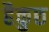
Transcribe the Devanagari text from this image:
हैकुछ